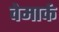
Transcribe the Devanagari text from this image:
वेमार्क